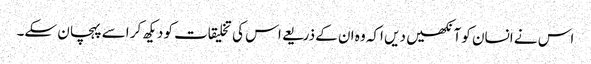
اس نے انسان کو آنکھیں دیں اکہ وہ ان کے ذریعے اس کی تخلیقات کو دیکھ کر اسے پہچان سکے۔